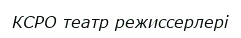
КСРО театр режиссерлері